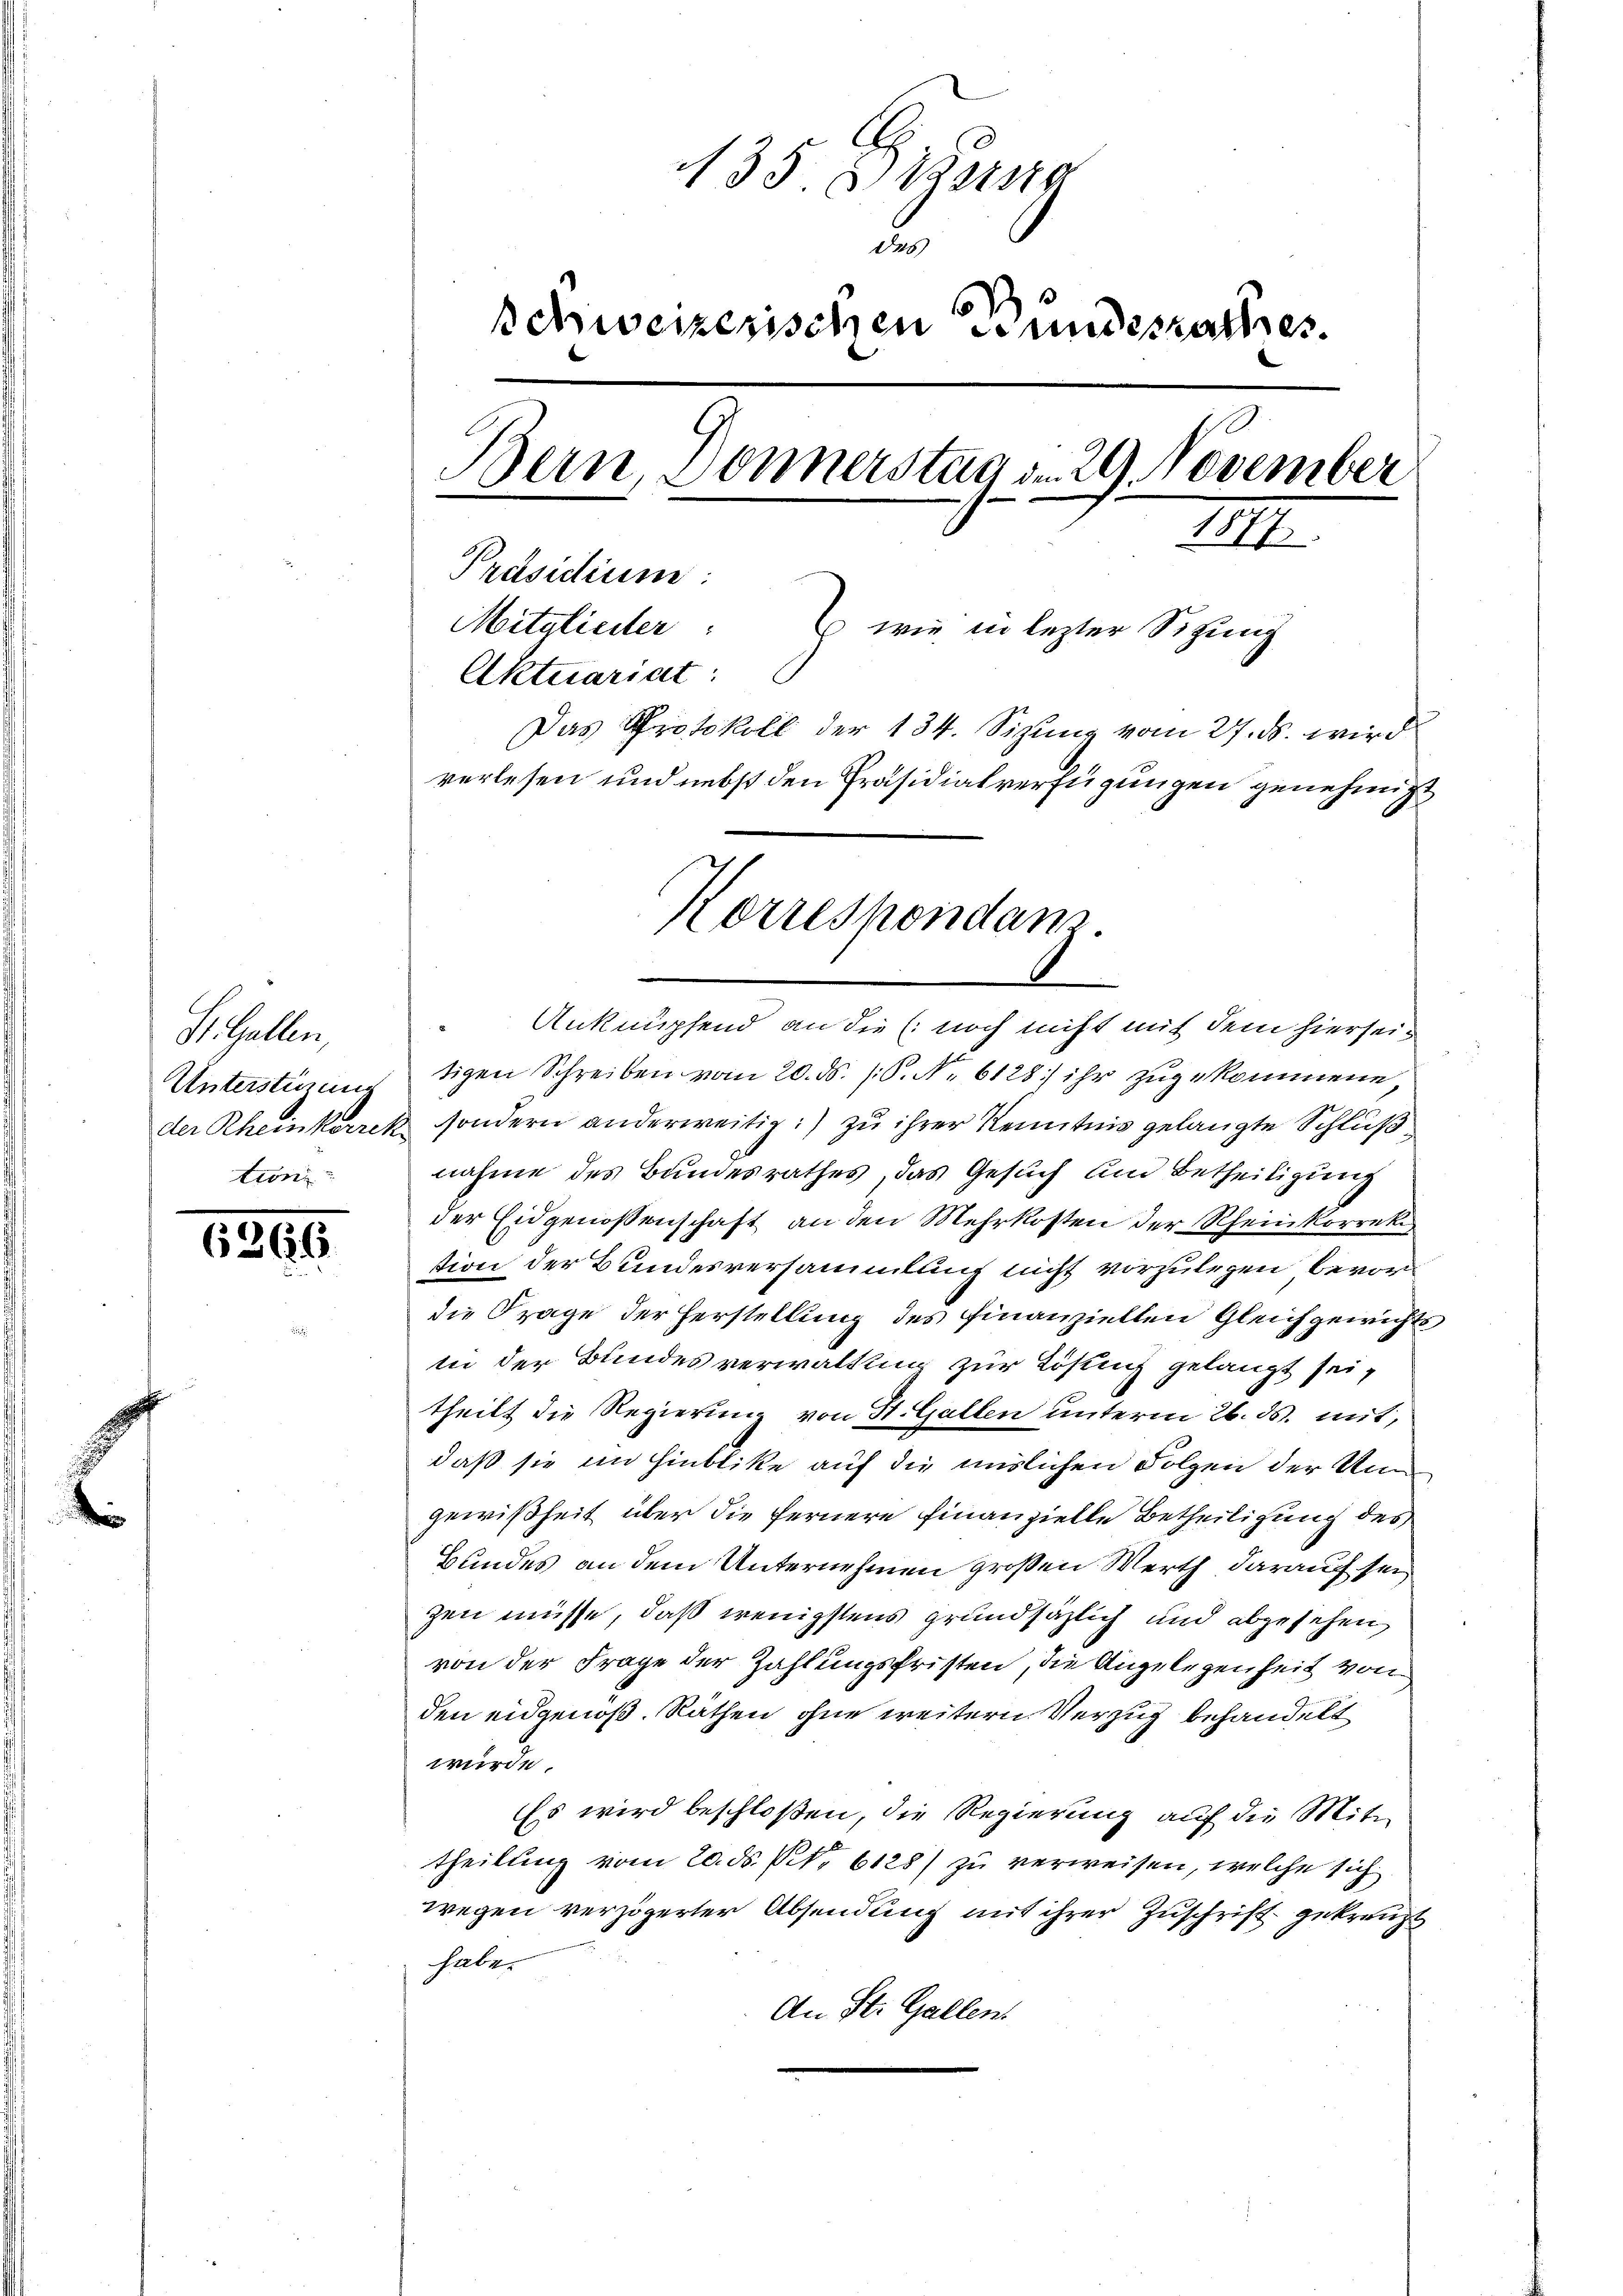
St. Gallen,
Unterstimme
tion

1366

135. d. Mang
.
schweizerischen Bundesrathes.
Bern, Donnerstag d. 29 November
IIII.
Präsidium
Mitaliciter: wie in lezter Sitzung
Aktuariat:
Das Protokoll der 134. Sizung vom 27. ds. wird
verlesen und nebst den Präsidialverfügungen genehmigt

Korrespondanz.

Anknüpfend an die (: noch nicht mit dem hierseitigen Schreiben vom 20. ds. (S. Nr. 6128) ihr zugekommene,
der Rheinkorrek, sondern anderweitig:) zu ihrer Kenntnis gelangte Schluß
nahme des Bundesrathes, das Gesuch und Betheiligung
der Eidgenossenschaft an den Mehrkosten der Rheinkorrektion der Bundesversammlung nicht vorzulegen bevordie Frage der Herstellung des finanziellen Gleichgewichts
iii der Bundesverwaltig zur Lösung gelangt sei,
theilt die Regierung von St. Gallen unterm 26. ds. mit,
daß sie im Hinblike auf die mislichen Folgen der Un
gewißheit über die fernere finanzielle Betheiligung des
Bundes an dem Unternehmen großen Werth darauf sei
zen müsse, daß wenigstens grundsäzlich und abzusehen,
von der Frage der Zahlungsfristen, die Angelegenheit von
den eidgenöß. Räthen, ohne weitern Verzug behandelt
würde.
Es wird beschloßen, die Regierung auf die Mittheilung vom 20. ds. f. 6128) zu verweisen, welche sich
wegen verzögerter Absendung mit ihrer Zuschrift gekreuzt
habe.
An St. Gallen.